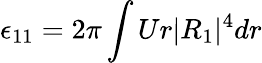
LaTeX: \epsilon_{11}=2\pi\int Ur|R_{1}|^{4}dr